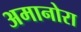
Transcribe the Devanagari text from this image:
अमानोरा